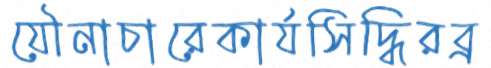
যৌনাচারেকার্যসিদ্ধিরব্র